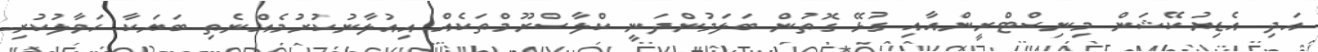
އަދި އެޑިޔުކޭޝަން މިނިސްޓްރީންއާއި ގުޅޭ ގޮތުން ބަލަމުންދަނީ ކްލާސްރޫމްތަކެއް އިއުލާނުކުރުމެއްނެތި ބަޔަކާ ހަވާލުކުރި